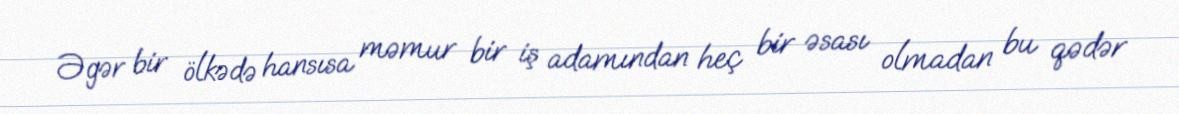
Əgər bir ölkədə hansısa məmur bir iş adamından heç bir əsası olmadan bu qədər